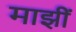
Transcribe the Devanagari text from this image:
माझीं